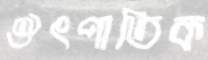
ঔৎপাতিক